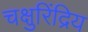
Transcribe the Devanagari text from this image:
चक्षुरिंद्रिय